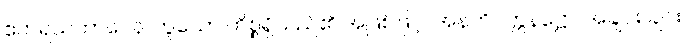
ဧကရသဘာဝေန၊ တူသော ကိစ္စရှိသည်၏ အဖြစ်ဖြင့်။ အနတိဝတ္တနဋ္ဌော၊ အချင်း ချင်း